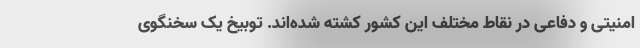
امنیتی و دفاعی در نقاط مختلف این کشور کشته شده‌اند. توبیخ یک سخنگوی